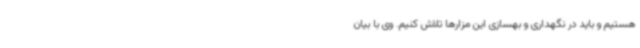
هستیم و باید در نگهداری و بهسازی این مزارها تلاش کنیم. وی با بیان